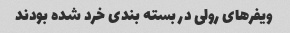
ویفر‌های رولی در بسته بندی خرد شده بودند